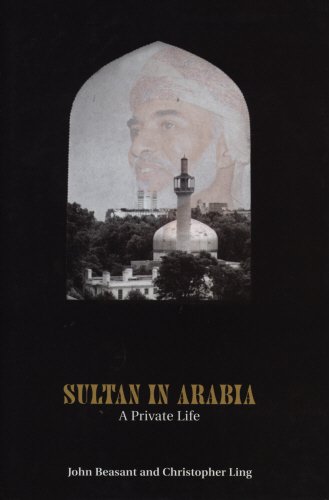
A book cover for Sultan In Arabia: A Private Life; John Beasant; History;